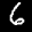
Label: 6